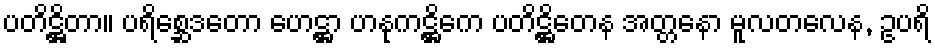
ပတိဋ္ဌိတာ။ ပရိစ္ဆေဒတော ဟေဋ္ဌာ ဟနုကဋ္ဌိကေ ပတိဋ္ဌိတေန အတ္တနော မူလတလေန, ဥပရိ